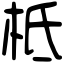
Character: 柢